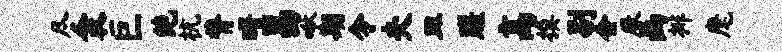
尽衾巨绝杭膂曙昌啾期令夫皿蹉高换剔会厥画排麾